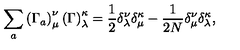
\sum _ { a } \left( \Gamma _ { a } \right) _ { \mu } ^ { \nu } \left( \Gamma \right) _ { \lambda } ^ { \kappa } = \frac { 1 } { 2 } \delta _ { \lambda } ^ { \nu } \delta _ { \mu } ^ { \kappa } - \frac { 1 } { 2 N } \delta _ { \mu } ^ { \nu } \delta _ { \lambda } ^ { \kappa } ,